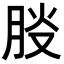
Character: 𦛀